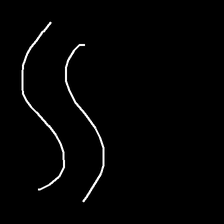
Glyph: float